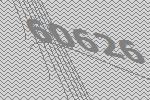
60626